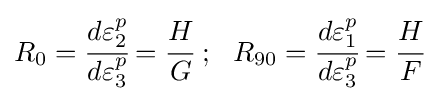
R_{0}={\cfrac {d\varepsilon _{2}^{p}}{d\varepsilon _{3}^{p}}}={\cfrac {H}{G}}~;~~R_{90}={\cfrac {d\varepsilon _{1}^{p}}{d\varepsilon _{3}^{p}}}={\cfrac {H}{F}}~